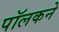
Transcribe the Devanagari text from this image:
पॉलकने